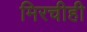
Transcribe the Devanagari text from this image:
मिरचीही